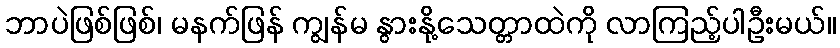
ဘာပဲဖြစ်ဖြစ်၊ မနက်ဖြန် ကျွန်မ နွားနို့သေတ္တာထဲကို လာကြည့်ပါဦးမယ်။